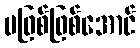
မဖြစ်ဖြစ်အောင်